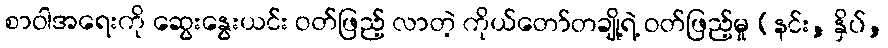
စာဝါအရေးကို ဆွေးနွေးယင်း ဝတ်ဖြည့် လာတဲ့ ကိုယ်တော်တချို့ရဲ့ ဝတ်ဖြည့်မှု (နင်း, နှိပ်,